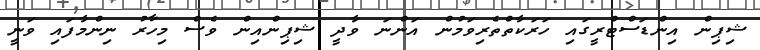
ޝިޕިން އިންޑަސްޓްރީގައި ހަރަކާތްތެރިވަމުން އަންނަ ވާދީ ޝިޕިންއިން ވެސް މިހާރު ނިންމާފައި ވަނީ